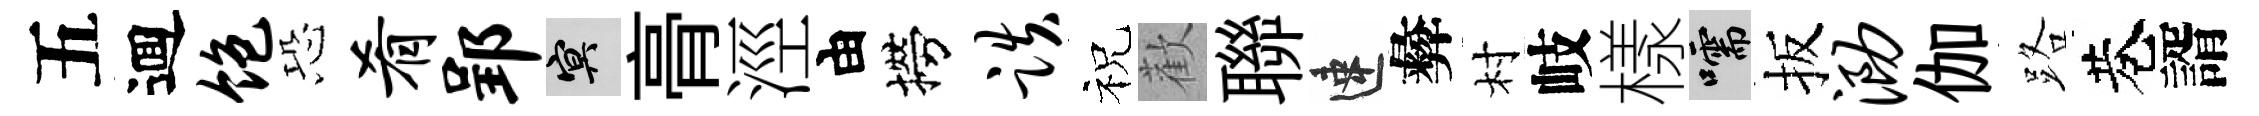
五逥饱恐肴郢冥𮌔涇由撈跌祝歡聯速彜村岐樣嚅扳泐伽路巷諝